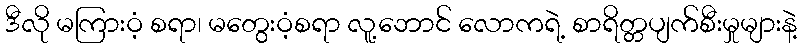
ဒီလို မကြားဝံ့ စရာ၊ မတွေးဝံ့စရာ လူ့ဘောင် လောကရဲ့ စာရိတ္တပျက်စီးမှုများနဲ့